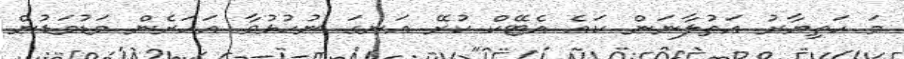
މަ ހަތިޔާރު އަތުލާނަން ކައެ އެޓޭކް ކުރޭ އަނގަ ނުހުޅުވާ އަހަރެން މަޑުމަޑުން